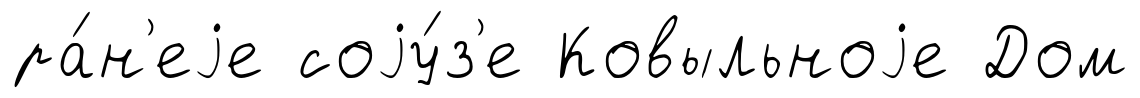
ра́н'еjе соjу́з'е Ковыльноjе Дом